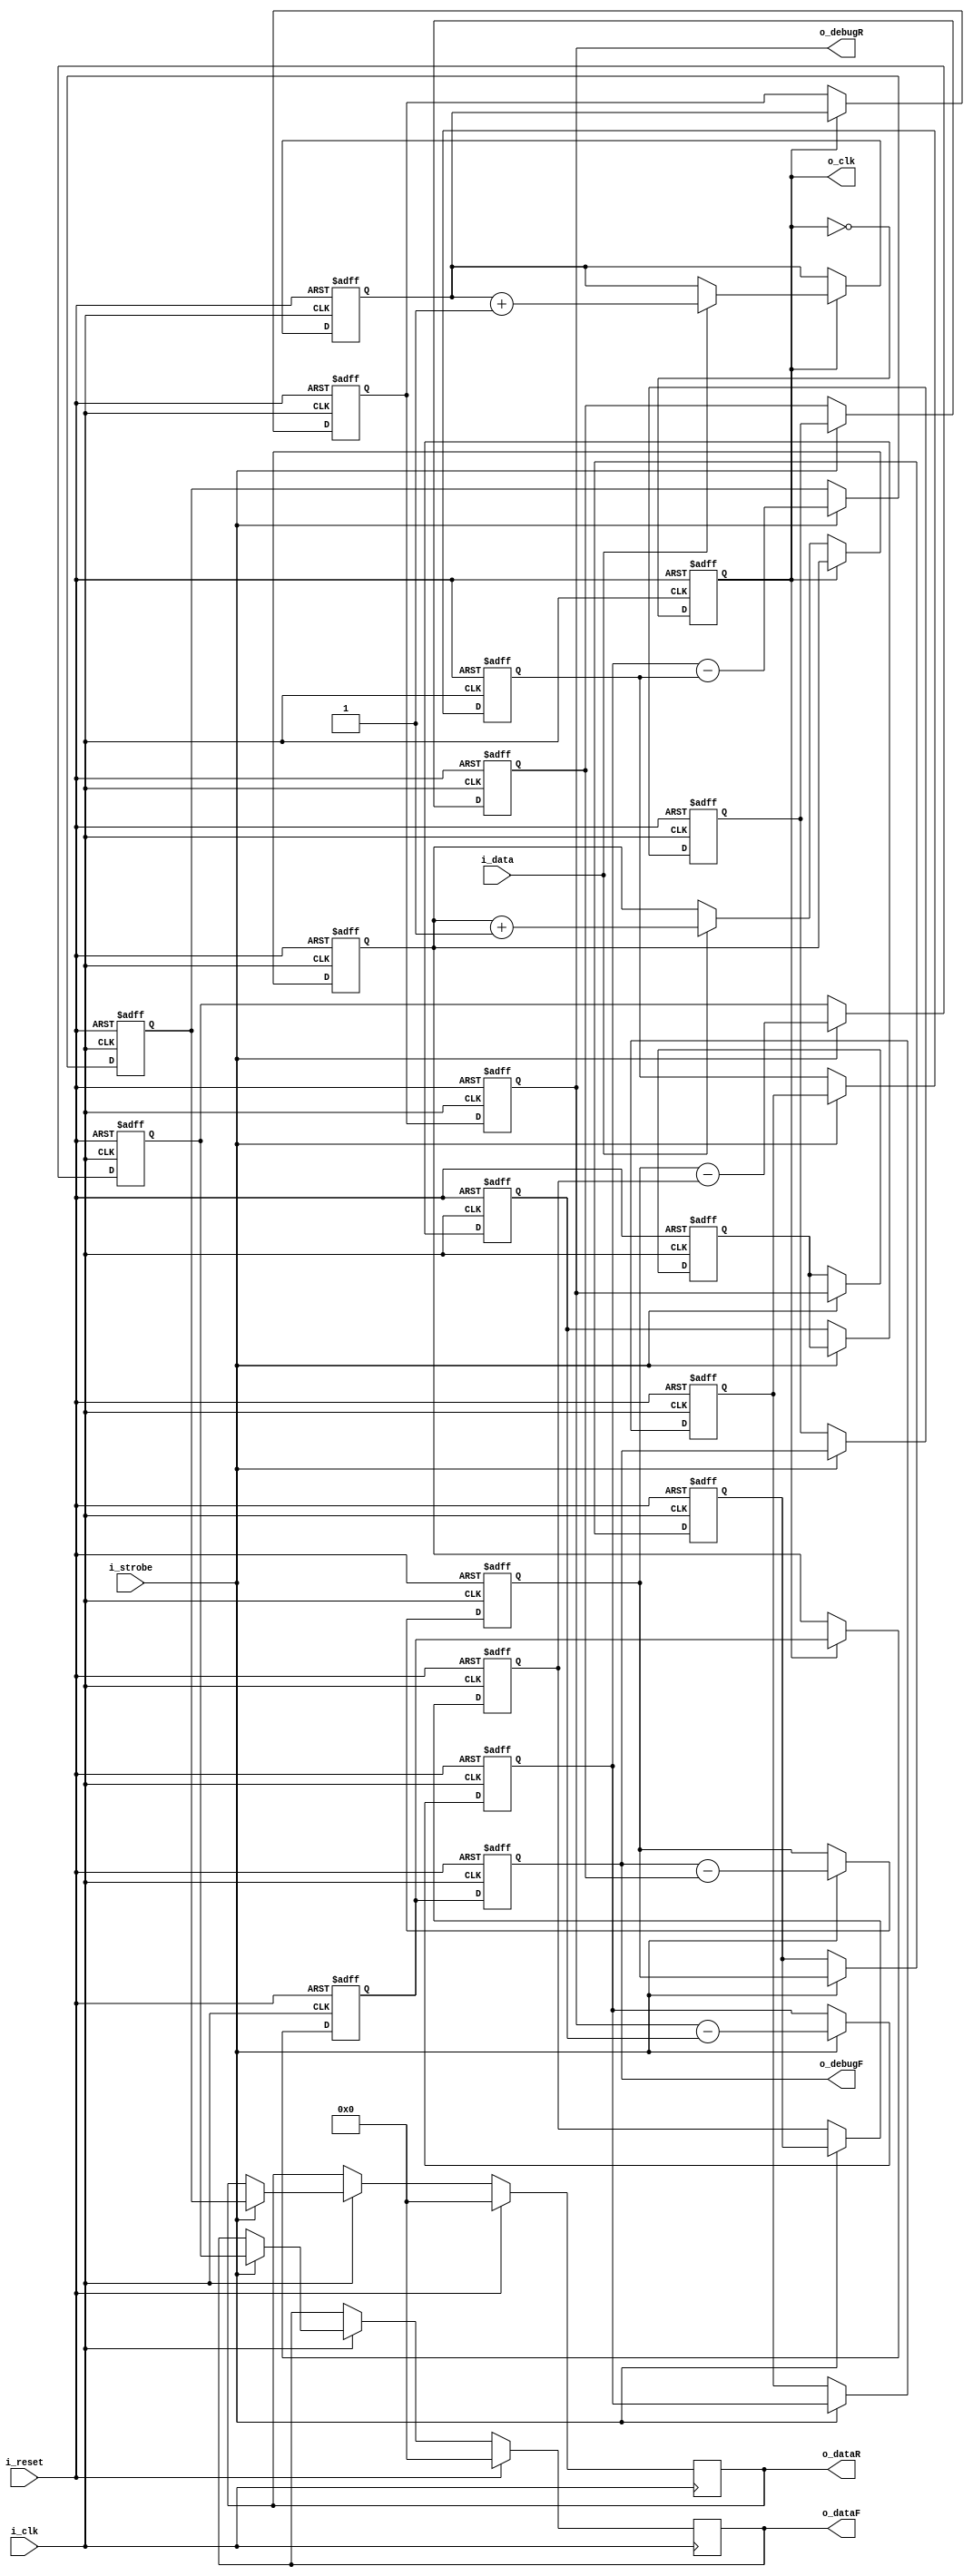
////////////////////////
//  	loadPDM         //
////////////////////////
// 2 delay, parameterised stage CIC, with custom
// Output clock is half the internal clock frequency


module loadPDM #(
	parameter p_width = 8,
	parameter p_mode = 1,
	parameter p_stages = 2
	) (
   input wire i_data,
   input wire i_clk,          //Clock assoc with internal FF
   input wire i_reset,
	input wire i_strobe,
   output wire o_clk,         //Clock to microphone
   output wire [p_width-1:0] o_dataR, //Data clocked on rising edge
   output wire [p_width-1:0] o_dataF, //Data clocked on falling edge
	output wire [p_width-1:0] o_debugR,  //This one's harder...?
	output wire [p_width-1:0] o_debugF  //This one's harder...?
   );


	/*

		Eg: 2 stage, 2 delay...

		----(+)----+---(+)----+---[/.]----+---->{-}---+-----{-}-->
			  |	  |    |	    |           |      |\   |      |\
			  |	  |    | 	 |           |      |    |      |
			  +-[Z]-+  	 +-[Z]-+			    +-Z--Z-+    +-Z--Z-+


	*/

   reg r_polarity = 1'b0;

	//Define an array to hold all our data:
	reg [p_width-1:0] r_integR[p_stages-1:0];
	reg [p_width-1:0] r_combR [p_stages:0][2:0];

	reg [p_width-1:0] r_integF[p_stages-1:0];
	reg [p_width-1:0] r_combF [p_stages:0][2:0];

	reg [p_width-1:0] r_outBufferR;
	reg [p_width-1:0] r_outBufferF;

	integer R; //Loop variable -- stage
	integer D; //Loop variable -- delay

	//Literally just wiggle the output clock and parse it.
	always @ (posedge i_clk, posedge i_reset)
	begin
		if (i_reset == 1'b1)
			r_polarity <= 1'b0;
		else
			r_polarity <= !r_polarity;
	end

	assign o_clk = r_polarity;
	assign o_dataR = r_outBufferR;
	assign o_dataF = r_outBufferF;
	assign o_debugR = r_combR[0][0];
	assign o_debugF = r_combF[0][0];


	//Meaningful part of the CIC
	//Grumble at me to split this up!
	always @(posedge i_clk, posedge i_reset)
	begin
		if (i_reset == 1'b1)
		begin
			for (R=0; R < p_stages; R=R+1)
			begin
				r_integR[R] <= 0;
				r_integF[R] <= 0;
			end
		end
		else if (r_polarity)
		begin
			//Integrator for rise
			r_integR[0] <= i_data ? r_integR[0] + 'h1 : r_integR[0];
			for (R= 1; R < p_stages; R=R+1)
				r_integR[R] <= r_integR[R-1];
		end
		else
		begin
			//Integrator for fall
			r_integF[0] <= i_data ? r_integF[0] + 'h1 : r_integF[0];
			for (R= 1; R < p_stages; R=R+1)
				r_integF[R] <= r_integF[R-1];

		end
	end

	//Meaningful part of the CIC
	//Grumble at me to split this up!
	always @(posedge i_clk, posedge i_reset)
	begin
		if (i_reset == 1'b1)
		begin
			for (R=0; R <= p_stages; R=R+1)
			begin
					r_combR[R][0] <= 0;
					r_combF[R][0] <= 0;
					r_combR[R][1] <= 0;
					r_combF[R][1] <= 0;
					r_combR[R][2] <= 0;
					r_combF[R][2] <= 0;
			end
		end
		else
		begin

			//These two lines may want to be assigns
			//	but it's fine so long as strobe is not held down
			r_combR[0][0] <= r_integR[p_stages-1];
			r_combF[0][0] <= r_integF[p_stages-1];

			if (i_strobe == 1'b1)
			begin
				r_combR[0][2] <= r_combR[0][1];
				r_combF[0][2] <= r_combF[0][1];
				r_combR[0][1] <= r_combR[0][0];
				r_combF[0][1] <= r_combF[0][0];

				for (R = 1; R <= p_stages; R = R+1)
				begin
					r_combR[R][2] <= r_combR[R][1]; //In theory I could generalise the delays,
					r_combF[R][2] <= r_combF[R][1]; //	in practice, I want to minimise complexity
					r_combR[R][1] <= r_combR[R][0]; //Let the compiler optimise away the redundant final
					r_combF[R][1] <= r_combF[R][0]; //	delay section
					r_combR[R][0] <= r_combR[R-1][0] - r_combR[R-1][2];
					r_combF[R][0] <= r_combF[R-1][0] - r_combF[R-1][2];

				end
			end
			//Comb section end
		end
	end


	always @ (posedge i_clk )
	begin
		if (i_reset == 1'b1)
		begin
			r_outBufferR <= 0;
			r_outBufferF <= 0;
		end
		else if (i_clk == 1'b1)
		begin
			if (i_strobe == 1'b1)
			begin
				r_outBufferR <= r_combR[p_stages][0];
				if (p_mode == 1)
					r_outBufferF <= r_combF[p_stages][0];
			end
		end

	end


endmodule